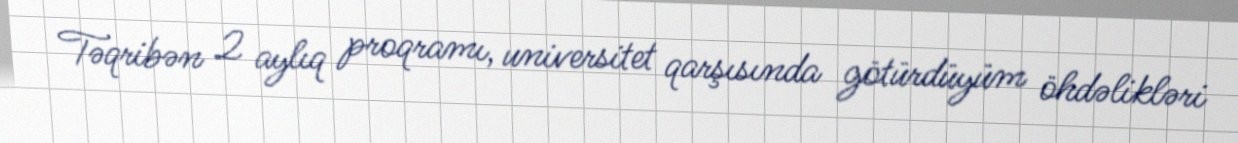
Təqribən 2 aylıq proqramı, universitet qarşısında götürdüyüm öhdəlikləri